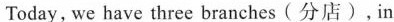
Today, we have three branches (分店),in